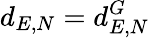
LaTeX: d_{E,N}=d_{E,N}^{G}